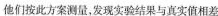
他们按此方案测量，发现实验结果与真实值相差